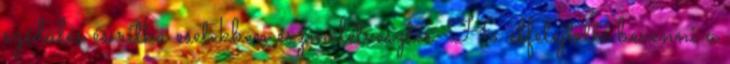
szédülés és ritka esetekben eszméletvesztés. Ha elfelejtette bevenni a